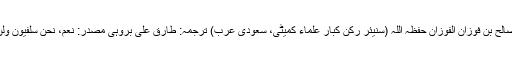
فضیلۃ الشیخ صالح بن فوزان الفوزان حفظہ اللہ (سنیئر رکن کبار علماء کمیٹی، سعودی عرب) ترجمہ: طارق علی بروہی مصدر: نعم، نحن سلفيون ولن نزال بإذن الله۔